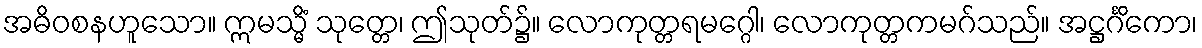
အဓိဝစနဟူသော။ ဣမသ္မိံ သုတ္တေ၊ ဤသုတ်၌။ လောကုတ္တရမဂ္ဂေါ၊ လောကုတ္တကမဂ်သည်။ အဋ္ဌင်္ဂိကော၊